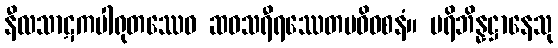
နီလသာဋကပါရုတဿေဝ ဆဝသရီရဿေတမဓိဝစနံ။ ပရိဘိန္နဋ္ဌာနေသု